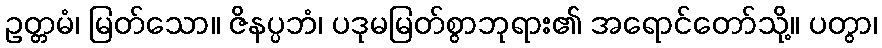
ဥတ္တမံ၊ မြတ်သော။ ဇိနပ္ပဘံ၊ ပဒုမမြတ်စွာဘုရား၏ အရောင်တော်သို့။ ပတွာ၊